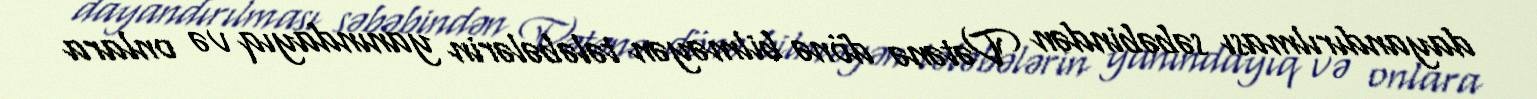
dayandırılması səbəbindən Vətənə dönə bilməyən tələbələrin yanındayıq və onlara